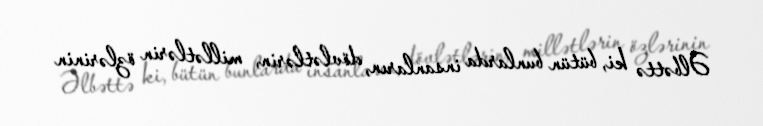
Əlbəttə ki, bütün bunlarda insanların, dövlətlərin, millətlərin özlərinin